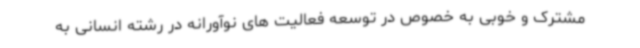
مشترک و خوبی به خصوص در توسعه فعالیت های نوآورانه در رشته انسانی به